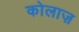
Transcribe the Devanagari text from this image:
कोलाज़